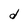
Character: d